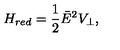
H _ { r e d } = \frac { 1 } { 2 } \bar { E } ^ { 2 } V _ { \perp } ,